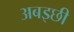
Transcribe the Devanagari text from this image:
अबइछी